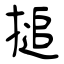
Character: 搥